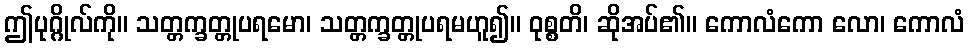
ဤပုဂ္ဂိုလ်ကို။ သတ္တက္ခတ္တုပရမော၊ သတ္တက္ခတ္တုပရမဟူ၍။ ဝုစ္စတိ၊ ဆိုအပ်၏။ ကောလံကော လော၊ ကောလံ